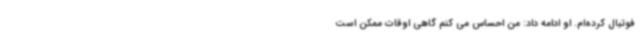
فوتبال کرده‌ام. او ادامه داد: من احساس می کنم گاهی اوقات ممکن است